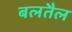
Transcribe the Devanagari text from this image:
बलतैल